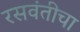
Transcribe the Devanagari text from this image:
रसवंतीचा